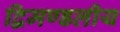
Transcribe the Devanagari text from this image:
द्विमण्डलीय